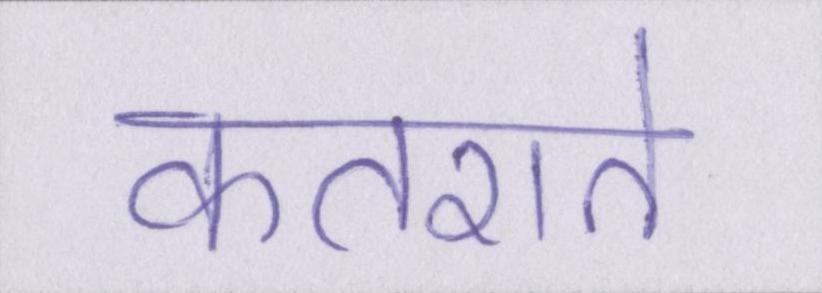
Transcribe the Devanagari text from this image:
कतराते